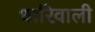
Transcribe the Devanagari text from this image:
धारिवाली